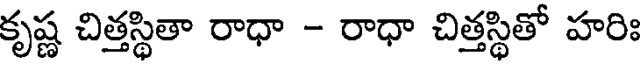
కృష్ణ చిత్తస్థితా రాధా - రాధా చిత్తస్థితో హరిః